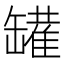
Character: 𰭆